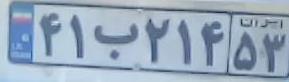
۴۱ب۲۱۴۵۳